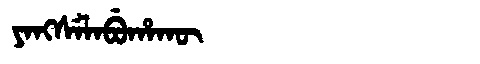
Manchu: ᠶᠠᠩᠰᡝᠯᠠᠪᡠᡥᠠᡴᡡ
Romanization: YANGSELABUHAKŪ